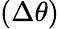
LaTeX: (\Delta\theta)